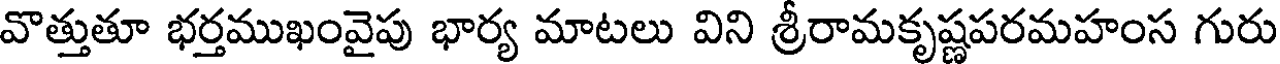
వొత్తుతూ భర్తముఖంవైపు భార్య మాటలు విని శ్రీరామకృష్ణపరమహంస గురు